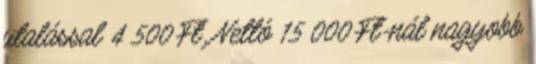
utalással 4 500 Ft. Nettó 15 000 Ft-nál nagyobb